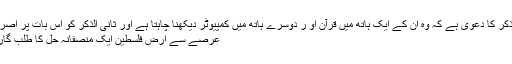
اول الذکر کا دعویٰ ہے کہ وہ ان کے ایک ہاتھ میں قرآن او ر دوسرے ہاتھ میں کمپیوٹر دیکھنا چاہتا ہے اور ثانی الذکر کو اس بات پر اصرار…
عرصے سے ارض فلسطین ایک منصفانہ حل کا طلب گار ہے۔